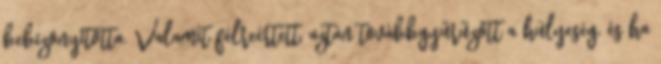
bebizonyította. Valamit félreértett, aztán továbbgyűrűzött a hülyeség, és ha